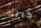
كانت